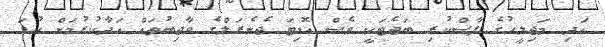
އަދި މަޖިލީހުގެ ފާސްކުރި ބަޖެޓަކީ ވެސް އޮޑިޓަ ޖެނެރަލްގެ ވާޖިބުތައް އަދާކުރުމަށް ކުޑަ